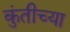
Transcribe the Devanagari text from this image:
कुंतीच्या